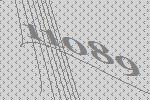
11089